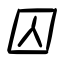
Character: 囚